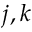
j , k